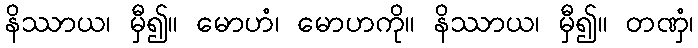
နိဿာယ၊ မှီ၍။ မောဟံ၊ မောဟကို။ နိဿာယ၊ မှီ၍။ တဏှံ၊